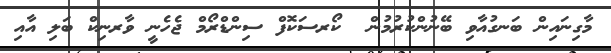
މާގިނައިން ބަނގުއާވި ބޭނުންކުރުމުން  ކޯރސަކޮފް ސިންޑްރޯމް ޖެހެނީ ވާރނިކް ބަލި އާއި